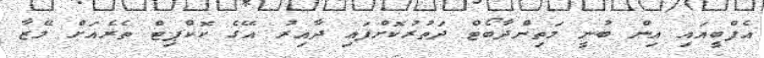
އެފްބީއައި އިން ބުނީ މަތިންދާބޯޓް ދަތުރުކޮށްފައި ދާއިރު އޭގެ ކޮކްޕިޓް ތެރެއަށް ލޭޒާ